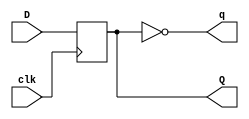
module dff (
    input D,
    input clk,
    output Q,
    output q
);
    reg Q;
    assign q=!Q;
    always @(posedge clk) begin
        Q<=D;
    end
endmodule